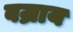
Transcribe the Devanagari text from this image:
वज्राय